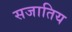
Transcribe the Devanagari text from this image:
सजातिय